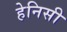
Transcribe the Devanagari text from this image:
हेनिसी